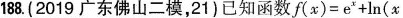
188.(2019广东佛山二模，21)已知函数$$f(x) = e^x + ln(x$$